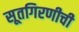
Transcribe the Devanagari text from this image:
सूतगिरणीची